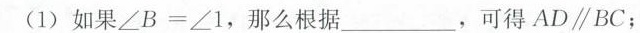
(1)如果∠B=∠1，那么根据___，可得AD∥BC；